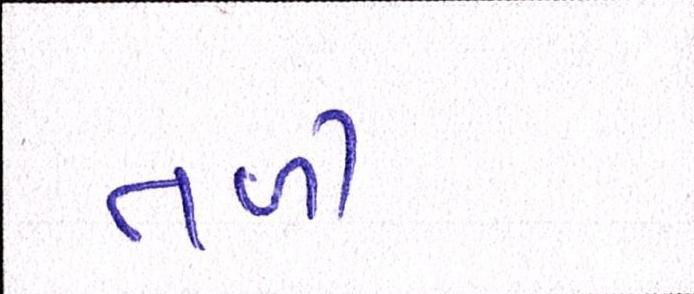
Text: તળી